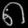
Digit: ၈